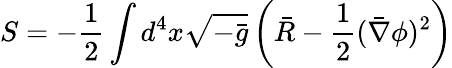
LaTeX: S=-\frac{1}{2}\int d^{4}x\sqrt{-\bar{g}}\left(\bar{R}-\frac{1}{2}(\bar{\nabla}\phi)^{2}\right)